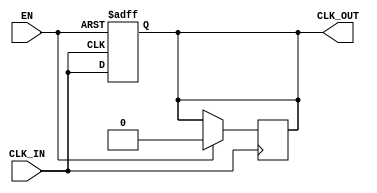
module clock_buffer (
    input wire CLK_IN,      // Input clock signal
    input wire EN,         // Enable signal
    output reg CLK_OUT      // Buffered clock output
);

// Parameters for performance characteristics
parameter MIN_PROP_DELAY = 1; // Minimum propagation delay in ns
parameter MAX_PROP_DELAY = 5;  // Maximum propagation delay in ns
parameter RISE_TIME = 2;       // Rise time in ns
parameter FALL_TIME = 2;       // Fall time in ns

// Internal signal for clock buffering
reg CLK_BUF;

// Clock buffering process
always @(posedge CLK_IN or negedge EN) begin
    if (!EN) begin
        // When disabled, set output to low (idle state)
        CLK_OUT <= 1'b0;
    end else begin
        // Buffer the clock signal with specified delays
        #MIN_PROP_DELAY CLK_BUF = CLK_IN; // Simulate minimum propagation delay
        #RISE_TIME CLK_OUT <= CLK_BUF;     // Simulate rise time
    end
end

always @(negedge CLK_IN) begin
    if (EN) begin
        // Simulate fall time
        #FALL_TIME CLK_OUT <= 1'b0; // Set output to low after fall time
    end
end

endmodule